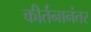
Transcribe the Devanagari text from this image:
कीर्तनानंतर